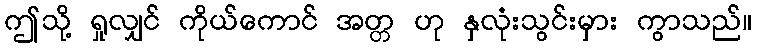
ဤသို့ ရှုလျှင် ကိုယ်ကောင် အတ္တ ဟု နှလုံးသွင်းမှား ကွာသည်။